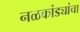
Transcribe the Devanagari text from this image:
नळकांड्यांचा